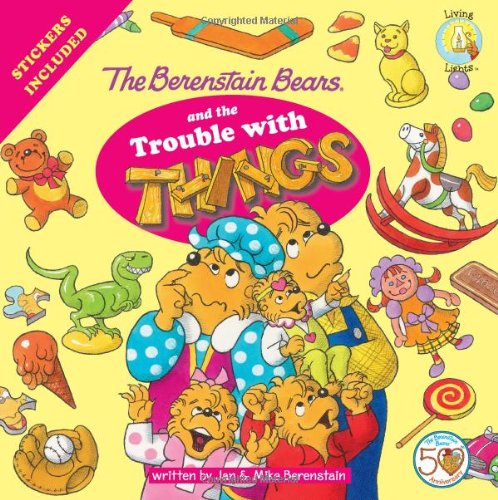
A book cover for The Berenstain Bears  and the Trouble with Things (Berenstain Bears/Living Lights); Jan & Mike Berenstain; Christian Books & Bibles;